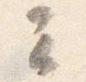
云